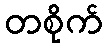
တစိုက်